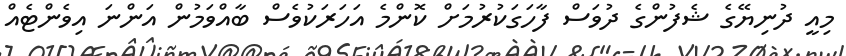
މިއީ ދުނިޔޭގެ ޝެފުންގެ ދުވަސް ފާހަގަކުރުމަށް ކޮންމެ އަހަރަކުވެސް ބާއްވަމުން އަންނަ އިވެންޓެއް